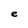
Character: e